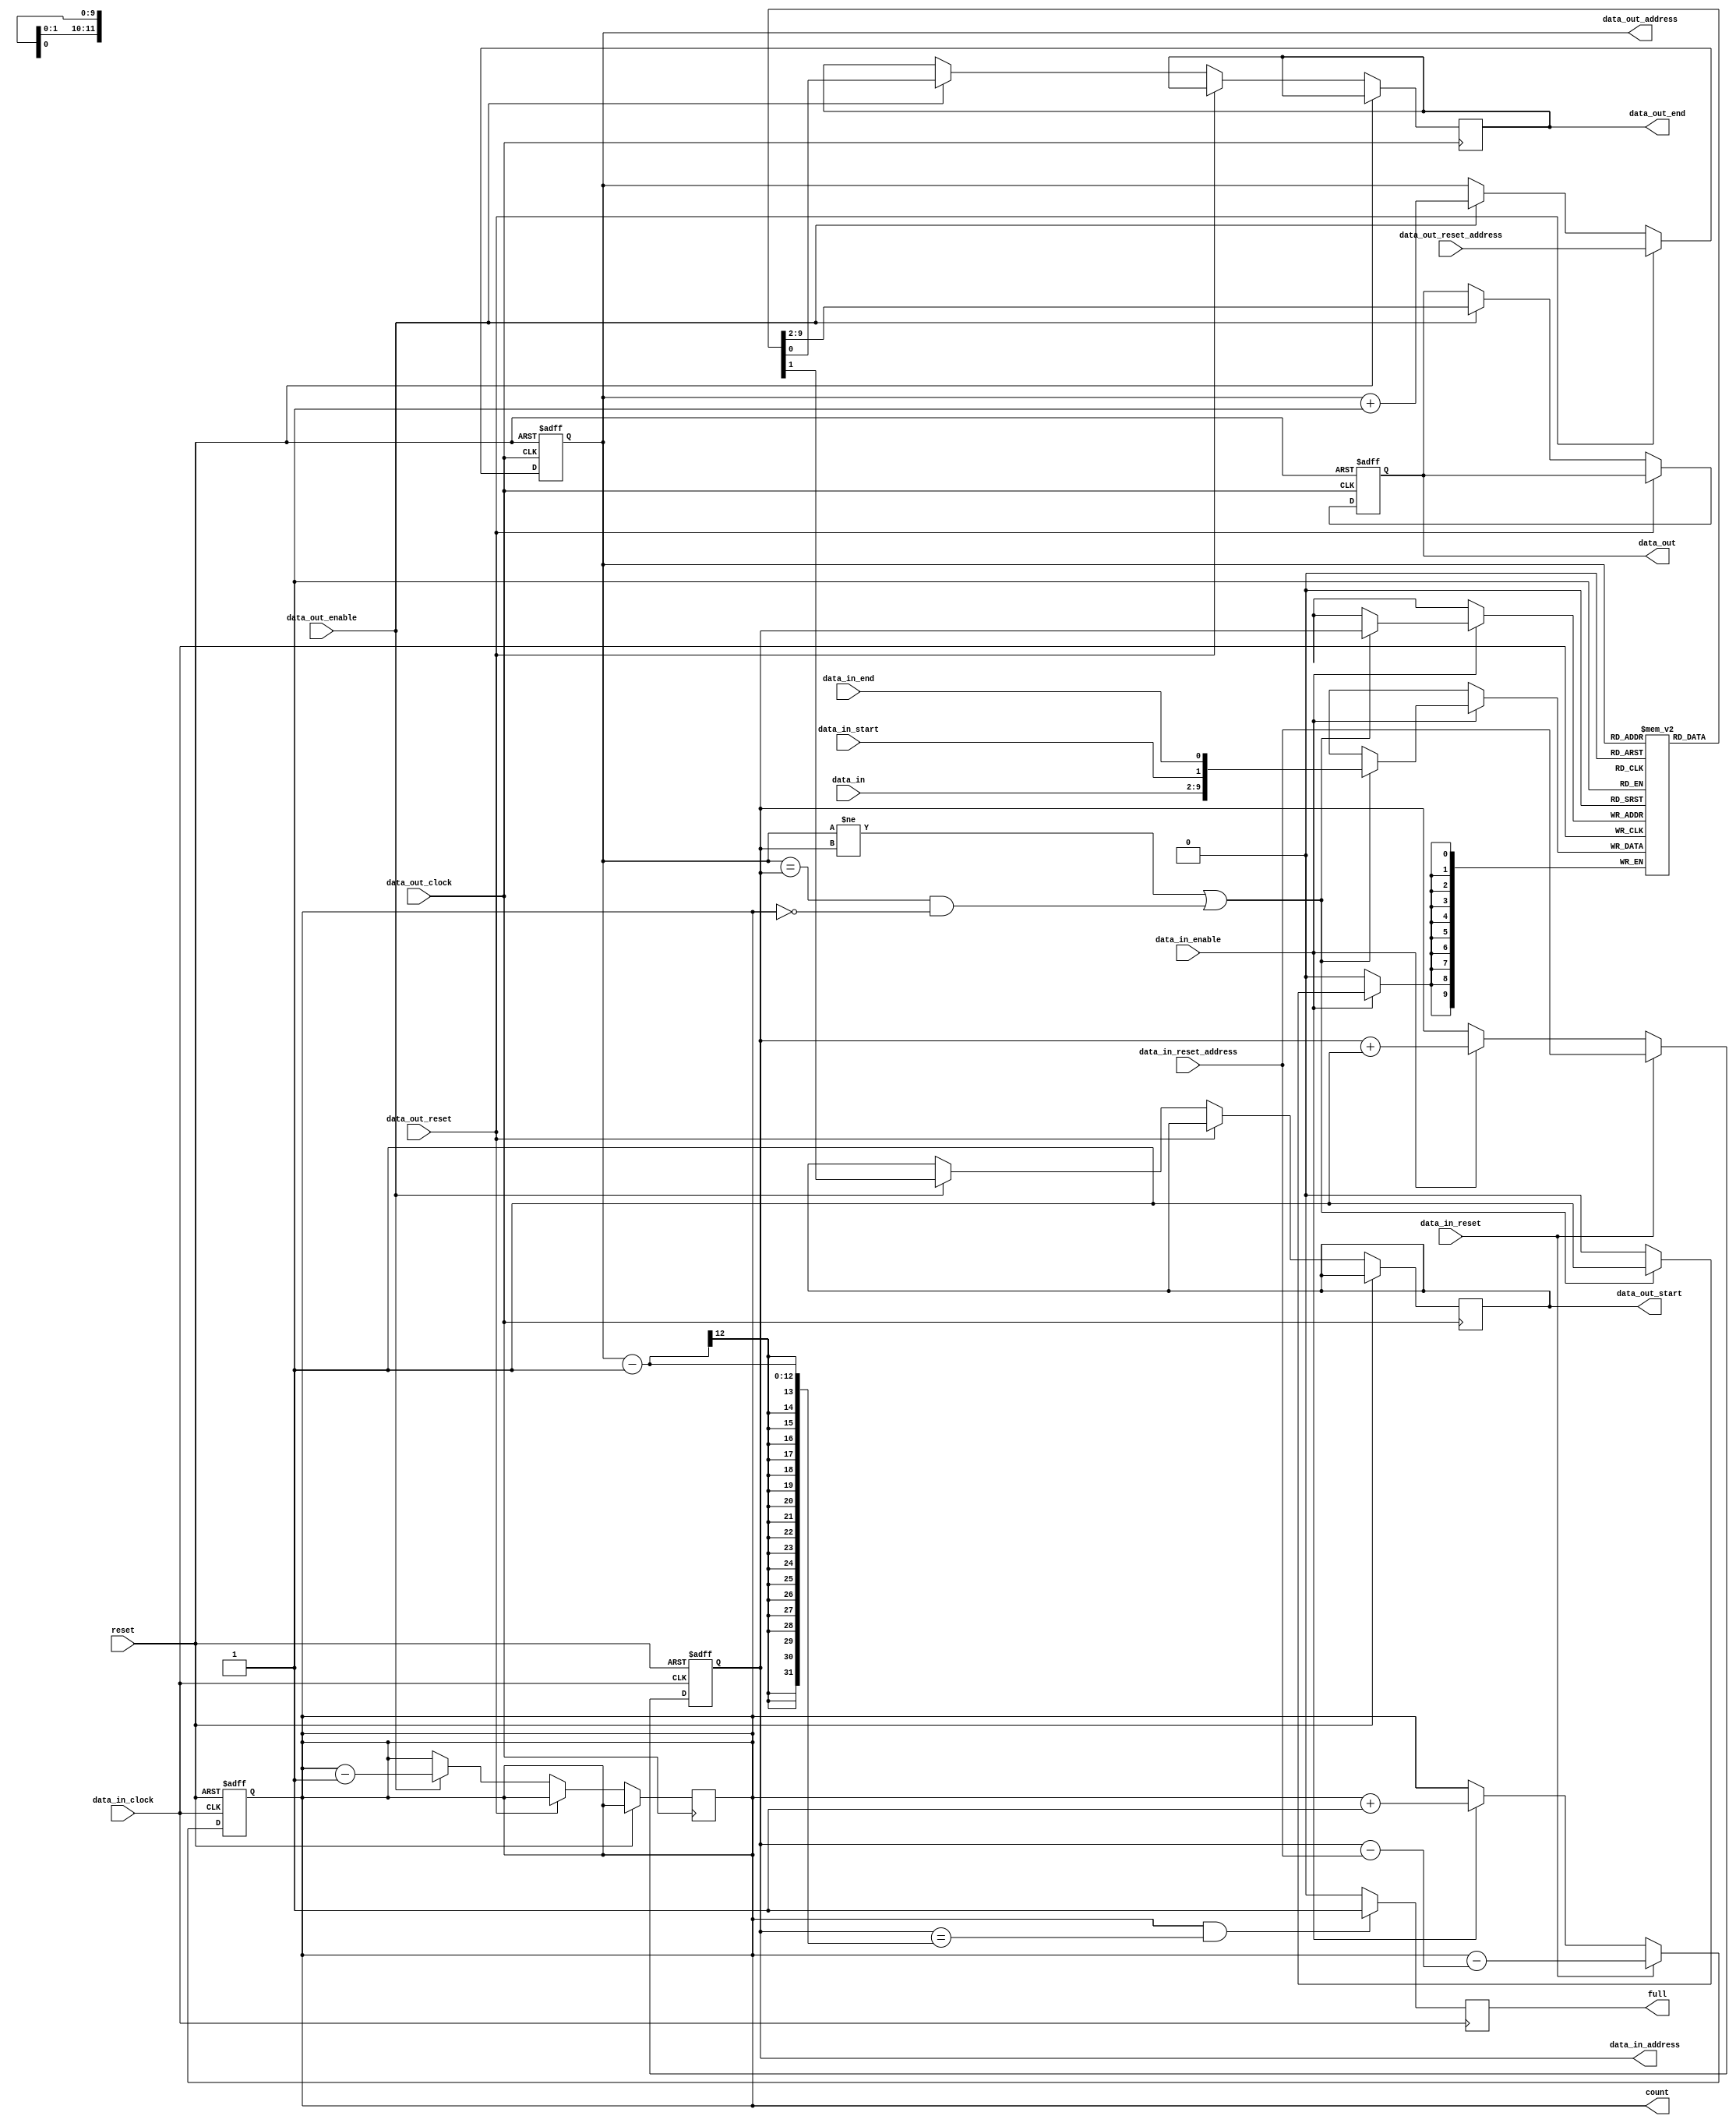
`timescale 1ns / 1ps

module fifo 
#(
    parameter DATA_WIDTH = 8,
    parameter FIFO_DEPTH = 12
)
( 
    input   wire                            reset,    
    output  reg     [FIFO_DEPTH:0]          count,
    output  reg                             full,

    // IN PORT
    input   wire    [DATA_WIDTH-1:0]        data_in,
    input   wire                            data_in_clock,     
    input   wire                            data_in_enable,
    input   wire                            data_in_start,
    input   wire                            data_in_end,
    output  reg     [FIFO_DEPTH-1:0]        data_in_address,
    input   wire                            data_in_reset,
    input   wire    [FIFO_DEPTH-1:0]        data_in_reset_address,

    // OUT PORT
    output  reg     [DATA_WIDTH-1:0]        data_out,
    input   wire                            data_out_clock,     
    input   wire                            data_out_enable,
    output  reg                             data_out_start,
    output  reg                             data_out_end,
    output  reg     [FIFO_DEPTH-1:0]        data_out_address,
    input   wire                            data_out_reset,
    input   wire    [FIFO_DEPTH-1:0]        data_out_reset_address
);

reg     [DATA_WIDTH + 1:0] mem[(2**FIFO_DEPTH) - 1:0]; // 2 bits added to data to facilitate start and stop bits.

always @(posedge data_in_clock)
begin
    if ( count && (data_in_address == data_out_address - 1 ))
    begin
        full <= 1;
    end
    else
    begin
        full <= 0;
    end
end

always @(posedge data_in_clock)
begin
    if( data_in_enable )
    begin
        if ( data_out_address != data_in_address || (data_out_address == data_in_address && !count))
            mem[ data_in_address ]<= { data_in, data_in_start, data_in_end };
    end
end

always @(posedge data_in_clock or posedge reset)
begin
    if( reset )
    begin
        data_in_address <= 0;
        count <= 0;
    end
    else if (data_in_reset)
    begin
        count = count - (data_in_address - data_in_reset_address);
        data_in_address = data_in_reset_address;
    end
    else
    begin
        if( data_in_enable )
        begin
            count <= count + 1;            
            data_in_address <= data_in_address + 1;
        end
    end
end

always @(posedge data_out_clock or posedge reset)
begin
    if (reset)
    begin
        data_out <= 0;
        data_out_address <= 0;
    end
    else if (data_out_reset)
    begin
        data_out_address <= data_out_reset_address;
    end
    else if (data_out_enable)
    begin
        { data_out, data_out_start, data_out_end } <= mem[data_out_address];
        data_out_address <= data_out_address + 1;  
        count <= count - 1;
    end
end

endmodule